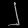
Digit: ၂